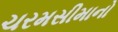
ચરમસીમાનો